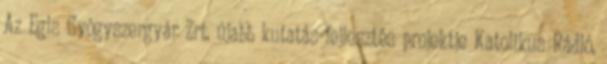
Az Egis Gyógyszergyár Zrt. újabb kutatás-fejlesztés projektje Katolikus Rádió,